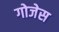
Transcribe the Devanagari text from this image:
गोजेस